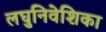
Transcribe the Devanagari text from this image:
लघुनिवेशिका